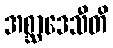
အစ္ဆာဒေသီတိ